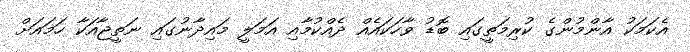
އެކަމަކު އާންމުންގެ ކުރިމަތީގައި ބޮޑު ވާހަކައެއް ދެއްކުމާއި އަމަލީ މައިދާނުގައި ނަތީޖާއަކާ ހަމައަށް